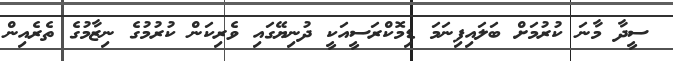
ސީދާ މާނަ ކުރުމަށް ބަލައިފިނަމަ ޑިމޮކްރަސީއަކީ ދުނިޔޭގައި ވެރިކަން ކުރުމުގެ ނިޒާމުގެ ތެރެއިން